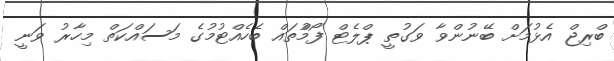
ބްރިޖް އެޅުމަށް ބޭނުންވާ ވަގުތީ ޕްލެޓް ފޯމުްތައް ބެހެއްޓުމުގެ މަސައްކަތް މިހާރު ވަނީ